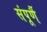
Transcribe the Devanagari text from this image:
संपूर्णै